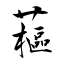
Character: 藲